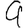
Digit: 9